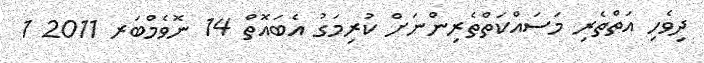
ދިވެހި އަތްތެރި މަސައްކަތްތެރިންނަށް ކުރިމަގު އެބައޮތް 14 ނޮވެމްބަރ 2011 1